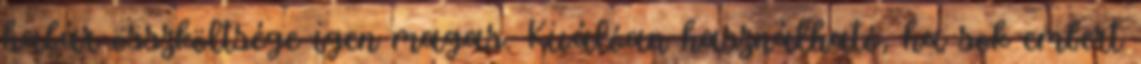
habár összköltsége igen magas. Kiválóan használható, ha sok embert